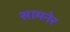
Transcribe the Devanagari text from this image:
सामनेर